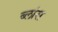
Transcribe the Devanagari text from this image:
ब्लांस